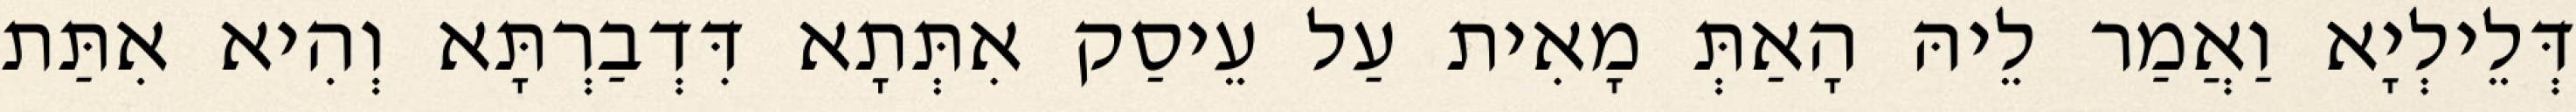
דְּלֵילְיָא וַאֲמַר לֵיהּ הָאַתְּ מָאִית עַל עֵיסַק אִתְּתָא דִּדְבַרְתָּא וְהִיא אִתַּת